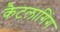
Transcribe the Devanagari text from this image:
कैटलागिंग